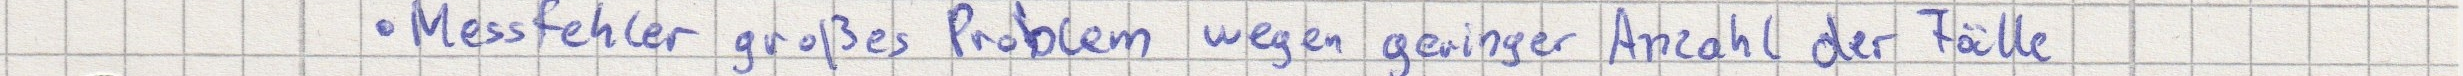
Messfehler großes Problem wegen geringer Anzahl der Fälle